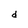
Character: d